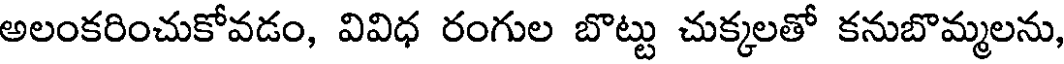
అలంకరించుకోవడం, వివిధ రంగుల బొట్టు చుక్కలతో కనుబొమ్మలను,